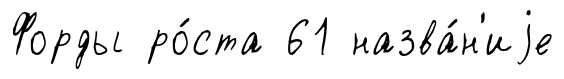
Форды ро́ста 61 назва́н'иjе